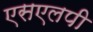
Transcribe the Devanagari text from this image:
एसएलपी